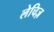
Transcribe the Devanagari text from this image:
लेचिज़